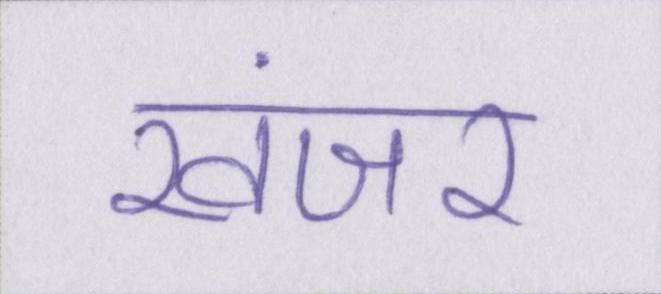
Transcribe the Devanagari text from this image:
खंजर